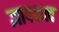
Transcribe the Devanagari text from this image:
ज्ञापकत्व